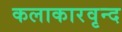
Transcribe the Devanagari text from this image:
कलाकारवृन्द